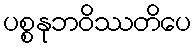
ပစ္စနုဘဝိဿတိပေ